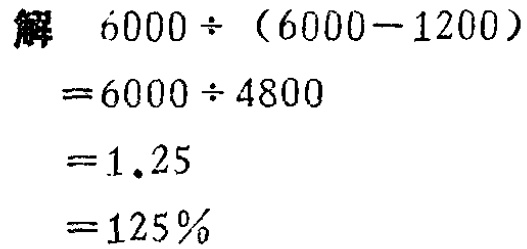
\[

\begin{align*}

&6000\div(6000 - 1200)\\

=&6000\div4800\\

=&1.25\\

=&125\%

\end{align*}

\]